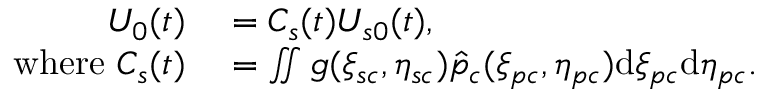
\begin{array} { r l } { U _ { 0 } ( t ) } & { { } = C _ { s } ( t ) U _ { s 0 } ( t ) , } \\ { \mathrm { ~ ~ w h e r e ~ } C _ { s } ( t ) } & { { } = \iint g ( \xi _ { s c } , \eta _ { s c } ) \hat { p } _ { c } ( \xi _ { p c } , \eta _ { p c } ) \mathrm { d } \xi _ { p c } \mathrm { d } \eta _ { p c } . } \end{array}